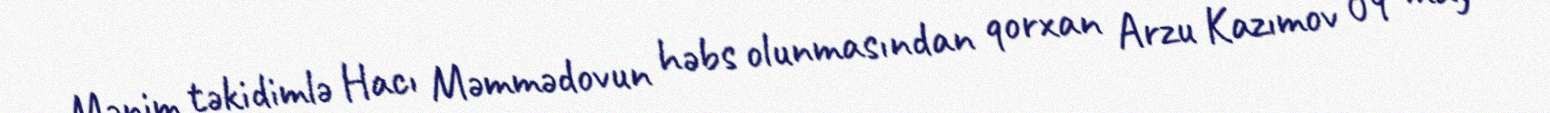
Mənim təkidimlə Hacı Məmmədovun həbs olunmasından qorxan Arzu Kazımov 09 may